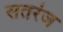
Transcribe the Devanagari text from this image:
सतरंज